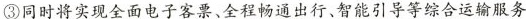
③同时将实现全面电子客票、全程畅通出行、智能引导等综合运输服务